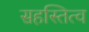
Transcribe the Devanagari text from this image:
सहस्तित्व